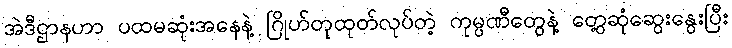
အဲဒီဌာနဟာ ပထမဆုံးအနေနဲ့ ဂြိုဟ်တုထုတ်လုပ်တဲ့ ကုမ္ပဏီတွေနဲ့ တွေ့ဆုံဆွေးနွေးပြီး